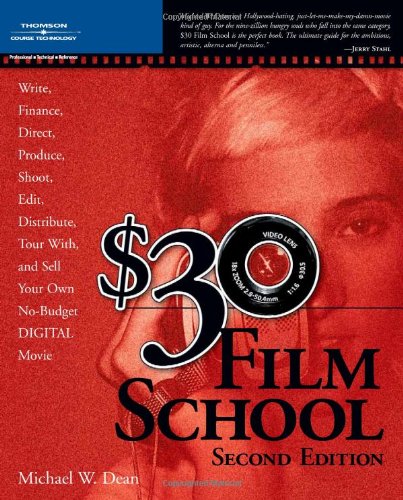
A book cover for $30 Film School; Michael W. Dean; Computers & Technology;